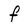
Character: f